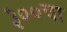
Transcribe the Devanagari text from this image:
३००चा